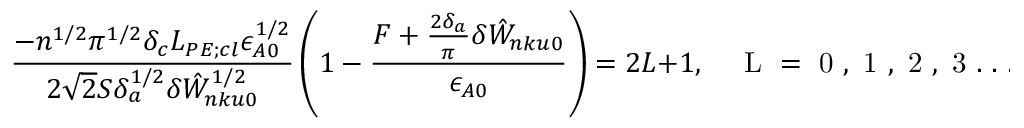
\frac { - n ^ { 1 / 2 } \pi ^ { 1 / 2 } \delta _ { c } L _ { P E ; c l } \epsilon _ { A 0 } ^ { 1 / 2 } } { 2 \sqrt { 2 } S \delta _ { a } ^ { 1 / 2 } \delta { \hat { W } } _ { n k u 0 } ^ { 1 / 2 } } \left( 1 - \frac { F + \frac { 2 \delta _ { a } } { \pi } \delta { \hat { W } } _ { n k u 0 } } { \epsilon _ { A 0 } } \right) = 2 L + 1 , { \quad \mathrm { ~ L ~ = ~ 0 ~ , ~ 1 ~ , ~ 2 ~ , ~ 3 ~ . ~ . ~ . ~ } }